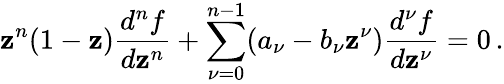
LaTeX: \mathbf{z}^{n}(1-\mathbf{z})\frac{{d^{n}f}}{{d\mathbf{z}^{n}}}+\sum_{\nu=0}^{n-1}(a_{\nu}-b_{\nu}\mathbf{z}^{\nu})\frac{{d^{\nu}f}}{{d\mathbf{z}^{\nu}}}=0\, .